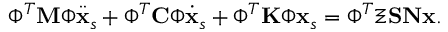
\boldsymbol { \Phi } ^ { T } \mathbf { M } \boldsymbol { \Phi } \ddot { \mathbf { x } } _ { s } + \boldsymbol { \Phi } ^ { T } \mathbf { C } \boldsymbol { \Phi } \dot { \mathbf { x } } _ { s } + \boldsymbol { \Phi } ^ { T } \mathbf { K } \boldsymbol { \Phi } \mathbf { x } _ { s } = \boldsymbol { \Phi } ^ { T } \boldsymbol { \Xi } \mathbf { S } \mathbf { N } \mathbf { x } .